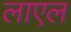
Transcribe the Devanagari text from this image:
लाएल